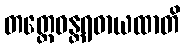
တတ္ထေဝန္တရဓာယထာတိ